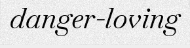
danger-loving